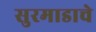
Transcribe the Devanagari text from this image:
सुरमाडाचे